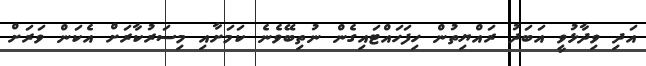
އަދި ވިދާޅުވީ އަބަދު ރައްޔިތުން ހިފަހައްޓައިގެން ނުތިބޭވެނެ ކަމަށާއި މިސަރުކާރަށް އެކަން ވަރަށް